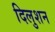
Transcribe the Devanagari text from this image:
दिलुशन